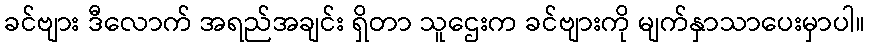
ခင်ဗျား ဒီလောက် အရည်အချင်း ရှိတာ သူဌေးက ခင်ဗျားကို မျက်နှာသာပေးမှာပါ။